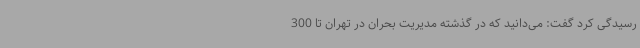
رسیدگی کرد گفت: می‌دانید که در گذشته مدیریت بحران در تهران تا 300